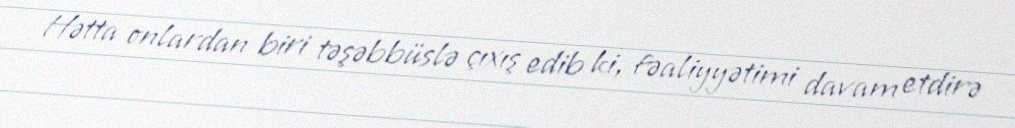
Hətta onlardan biri təşəbbüslə çıxış edib ki, fəaliyyətimi davam etdirə